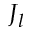
J _ { l }